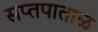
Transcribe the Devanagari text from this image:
सप्तपाताळ